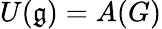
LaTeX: U({\mathfrak{g}})=A(G)